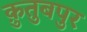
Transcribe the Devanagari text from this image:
क़ुतुबपुर